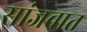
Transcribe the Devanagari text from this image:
सांजवात